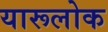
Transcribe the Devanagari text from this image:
यारूलोक